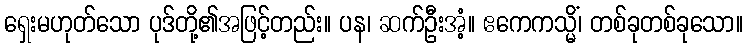
ရှေးမဟုတ်သော ပုဒ်တို့၏အဖြင့်တည်း။ ပန၊ ဆက်ဦးအံ့။ ဧကေကသ္မိံ၊ တစ်ခုတစ်ခုသော။